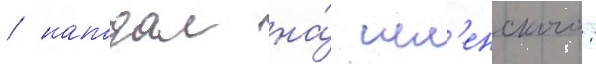
/ нападал на́ шл'енского: